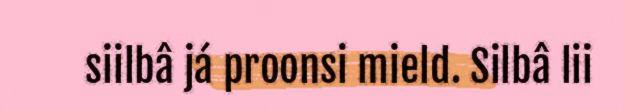
siilbâ já proonsi mield. Silbâ lii